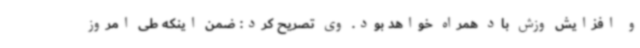
و افزایش وزش باد همراه خواهد بود. وی تصریح کرد: ضمن اینکه طی امروز